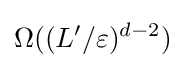
\Omega ((L'/\varepsilon )^{d-2})